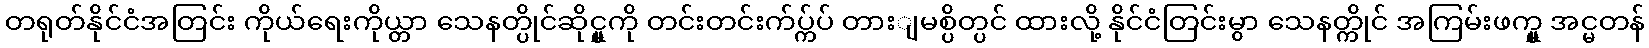
တရုတ်နိုင်ငံအတြင်း ကိုယ်ရေးကိုယ္တာ သေနတ္ပိုင်ဆိုင္မှုကို တင်းတင်းက်ပ္က်ပ် တားျမစ္ပိတ္ပင် ထားလို့ နိုင်ငံတြင်းမွာ သေနတ္ကိုင် အကြမ်းဖက္မှု အင္မတန်